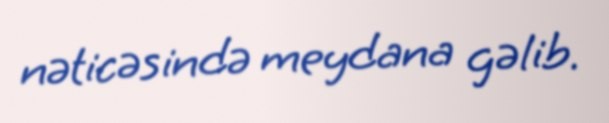
nəticəsində meydana gəlib.